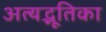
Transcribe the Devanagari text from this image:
अत्यद्भूतिका